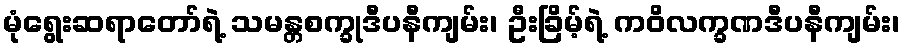
မုံရွေးဆရာတော်ရဲ့ သမန္တစက္ခုဒီပနီကျမ်း၊ ဦးခြိမ့်ရဲ့ ကဝိလက္ခဏဒီပနီကျမ်း၊